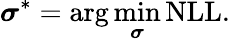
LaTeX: \boldsymbol{\sigma}^{\ast}=\arg\operatorname*{min}_{\boldsymbol{\sigma}}\textrm{NLL}.